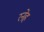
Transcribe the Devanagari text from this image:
रनेह